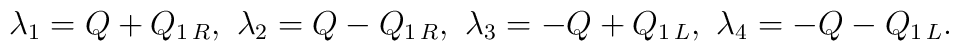
\lambda_1=Q+Q_{1\,R},\  \lambda_2=Q-Q_{1\,R},\  \lambda_3=-Q+Q_{1\,L},\ \lambda_4=-Q-Q_{1\,L}.